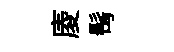
庱髩